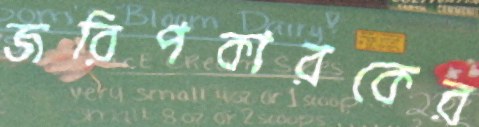
জরিপকারকের